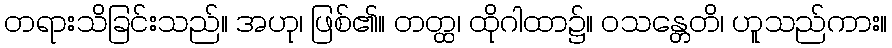
တရားသိခြင်းသည်။ အဟု၊ ဖြစ်၏။ တတ္ထ၊ ထိုဂါထာ၌။ ဝသန္တေတိ၊ ဟူသည်ကား။